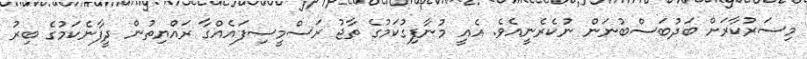
މިސަރުކާރަށް ބަދުބަސްބުނަން ނުކެރެނީއެވެ. އެއީ މުނާފިގުކަމުގެ ތާޖު ރަސްމީސިފައެއްގާ ރައްޔިތުން ދީފާނެކަމުގެ ބިރު